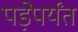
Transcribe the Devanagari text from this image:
पड़ेपर्यंत